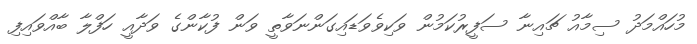
މުހައްމަދު ސިމާއު ޗައިނާ ސަފީރުކަމުން ވަކިވެވަޑައިގަންނަވާތީ ވަން ފުކާންގެ ވަދާއީ ހަފްލާ ބާއްވައިފި